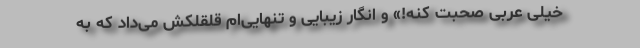
خیلی عربی صحبت کنه!» و انگار زیبایی و تنهایی‌ام قلقلکش می‌داد که به